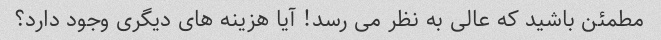
مطمئن باشید که عالی به نظر می رسد! آیا هزینه های دیگری وجود دارد؟